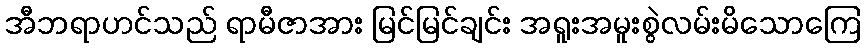
အီဘရာဟင်သည် ရာမီဇာအား မြင်မြင်ချင်း အရူးအမူးစွဲလမ်းမိသောကြေ